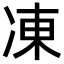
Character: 凍